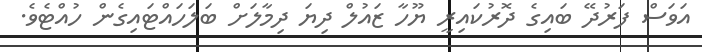
އަވަސް ފަރުދޭ ބައިގެ ދޮރުކައިރީ ޔޫހާ ޒައުލް ދިޔަ ދިމާލަށް ބަލަހައްޓައިގެން ހުއްޓެވެ.